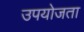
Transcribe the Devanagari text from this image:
उपयोजता